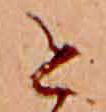
と